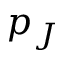
p _ { J }